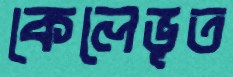
কেলেভূত